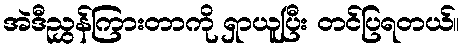
အဲဒီညွှန်ကြားတာကို ရှာယူပြီး တင်ပြရတယ်။